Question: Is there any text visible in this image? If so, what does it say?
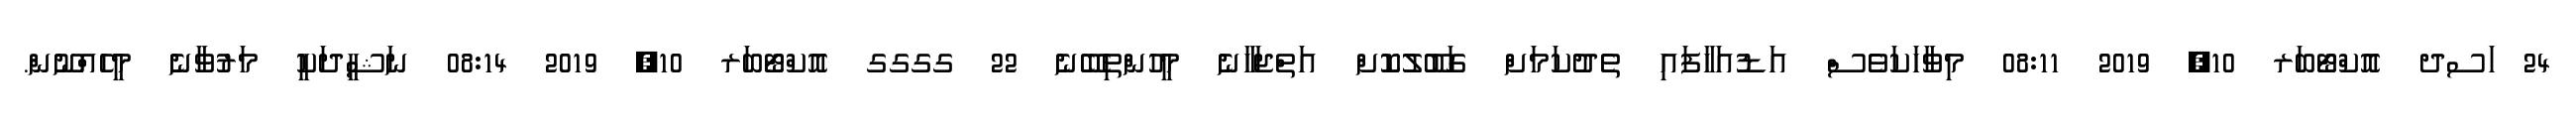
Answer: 24 ަސދ އޮކްޓޯބަރ 10, 2019 08:11 މިވާހަކަވެސް އަޑުއަހާފައި ތެދުކަމަށް ގަބޫލުކޮށް އަތްޖަހާނެ މީހުންތިބޭނެ 22 ގގގގ އޮކްޓޯބަރ 10, 2019 08:14 ނަޝީދަކީ މަރުވާނެ މީހެއްނޫން.